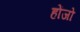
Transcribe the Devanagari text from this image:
होंजो